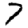
Digit: 7